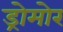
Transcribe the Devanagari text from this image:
ड्रोमोर